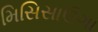
મિસિસાઉગા